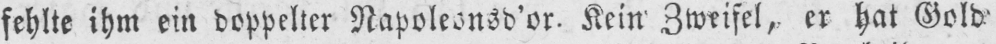
Kein Zweifel, er hat Gold